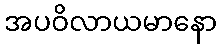
အပဝိလာယမာနော